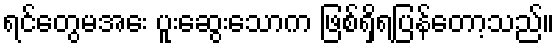
ရင်တွေမအေး ပူးဆွေးသောက ဖြစ်ရှိရပြန်တော့သည်။